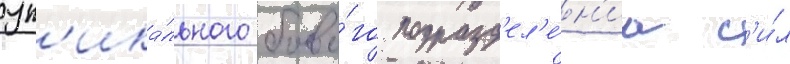
ун'ика́льного боево́го подразд'ел'е́н'иа с'и́л